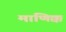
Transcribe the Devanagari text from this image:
माणिक्क